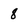
Character: 8